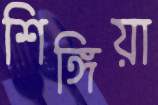
শিঙ্গিয়া